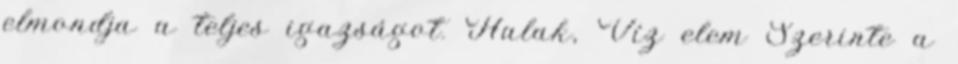
elmondja a teljes igazságot. Halak, Víz elem Szerinte a